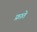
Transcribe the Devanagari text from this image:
फ्राते